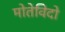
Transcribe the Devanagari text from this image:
मोतेविदो